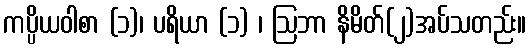
ကပ္ပိယဝါစာ (၁)၊ ပရိယာ (၁) ၊ ဩဘာ နိမိတ်(၂)အပ်သတည်း။